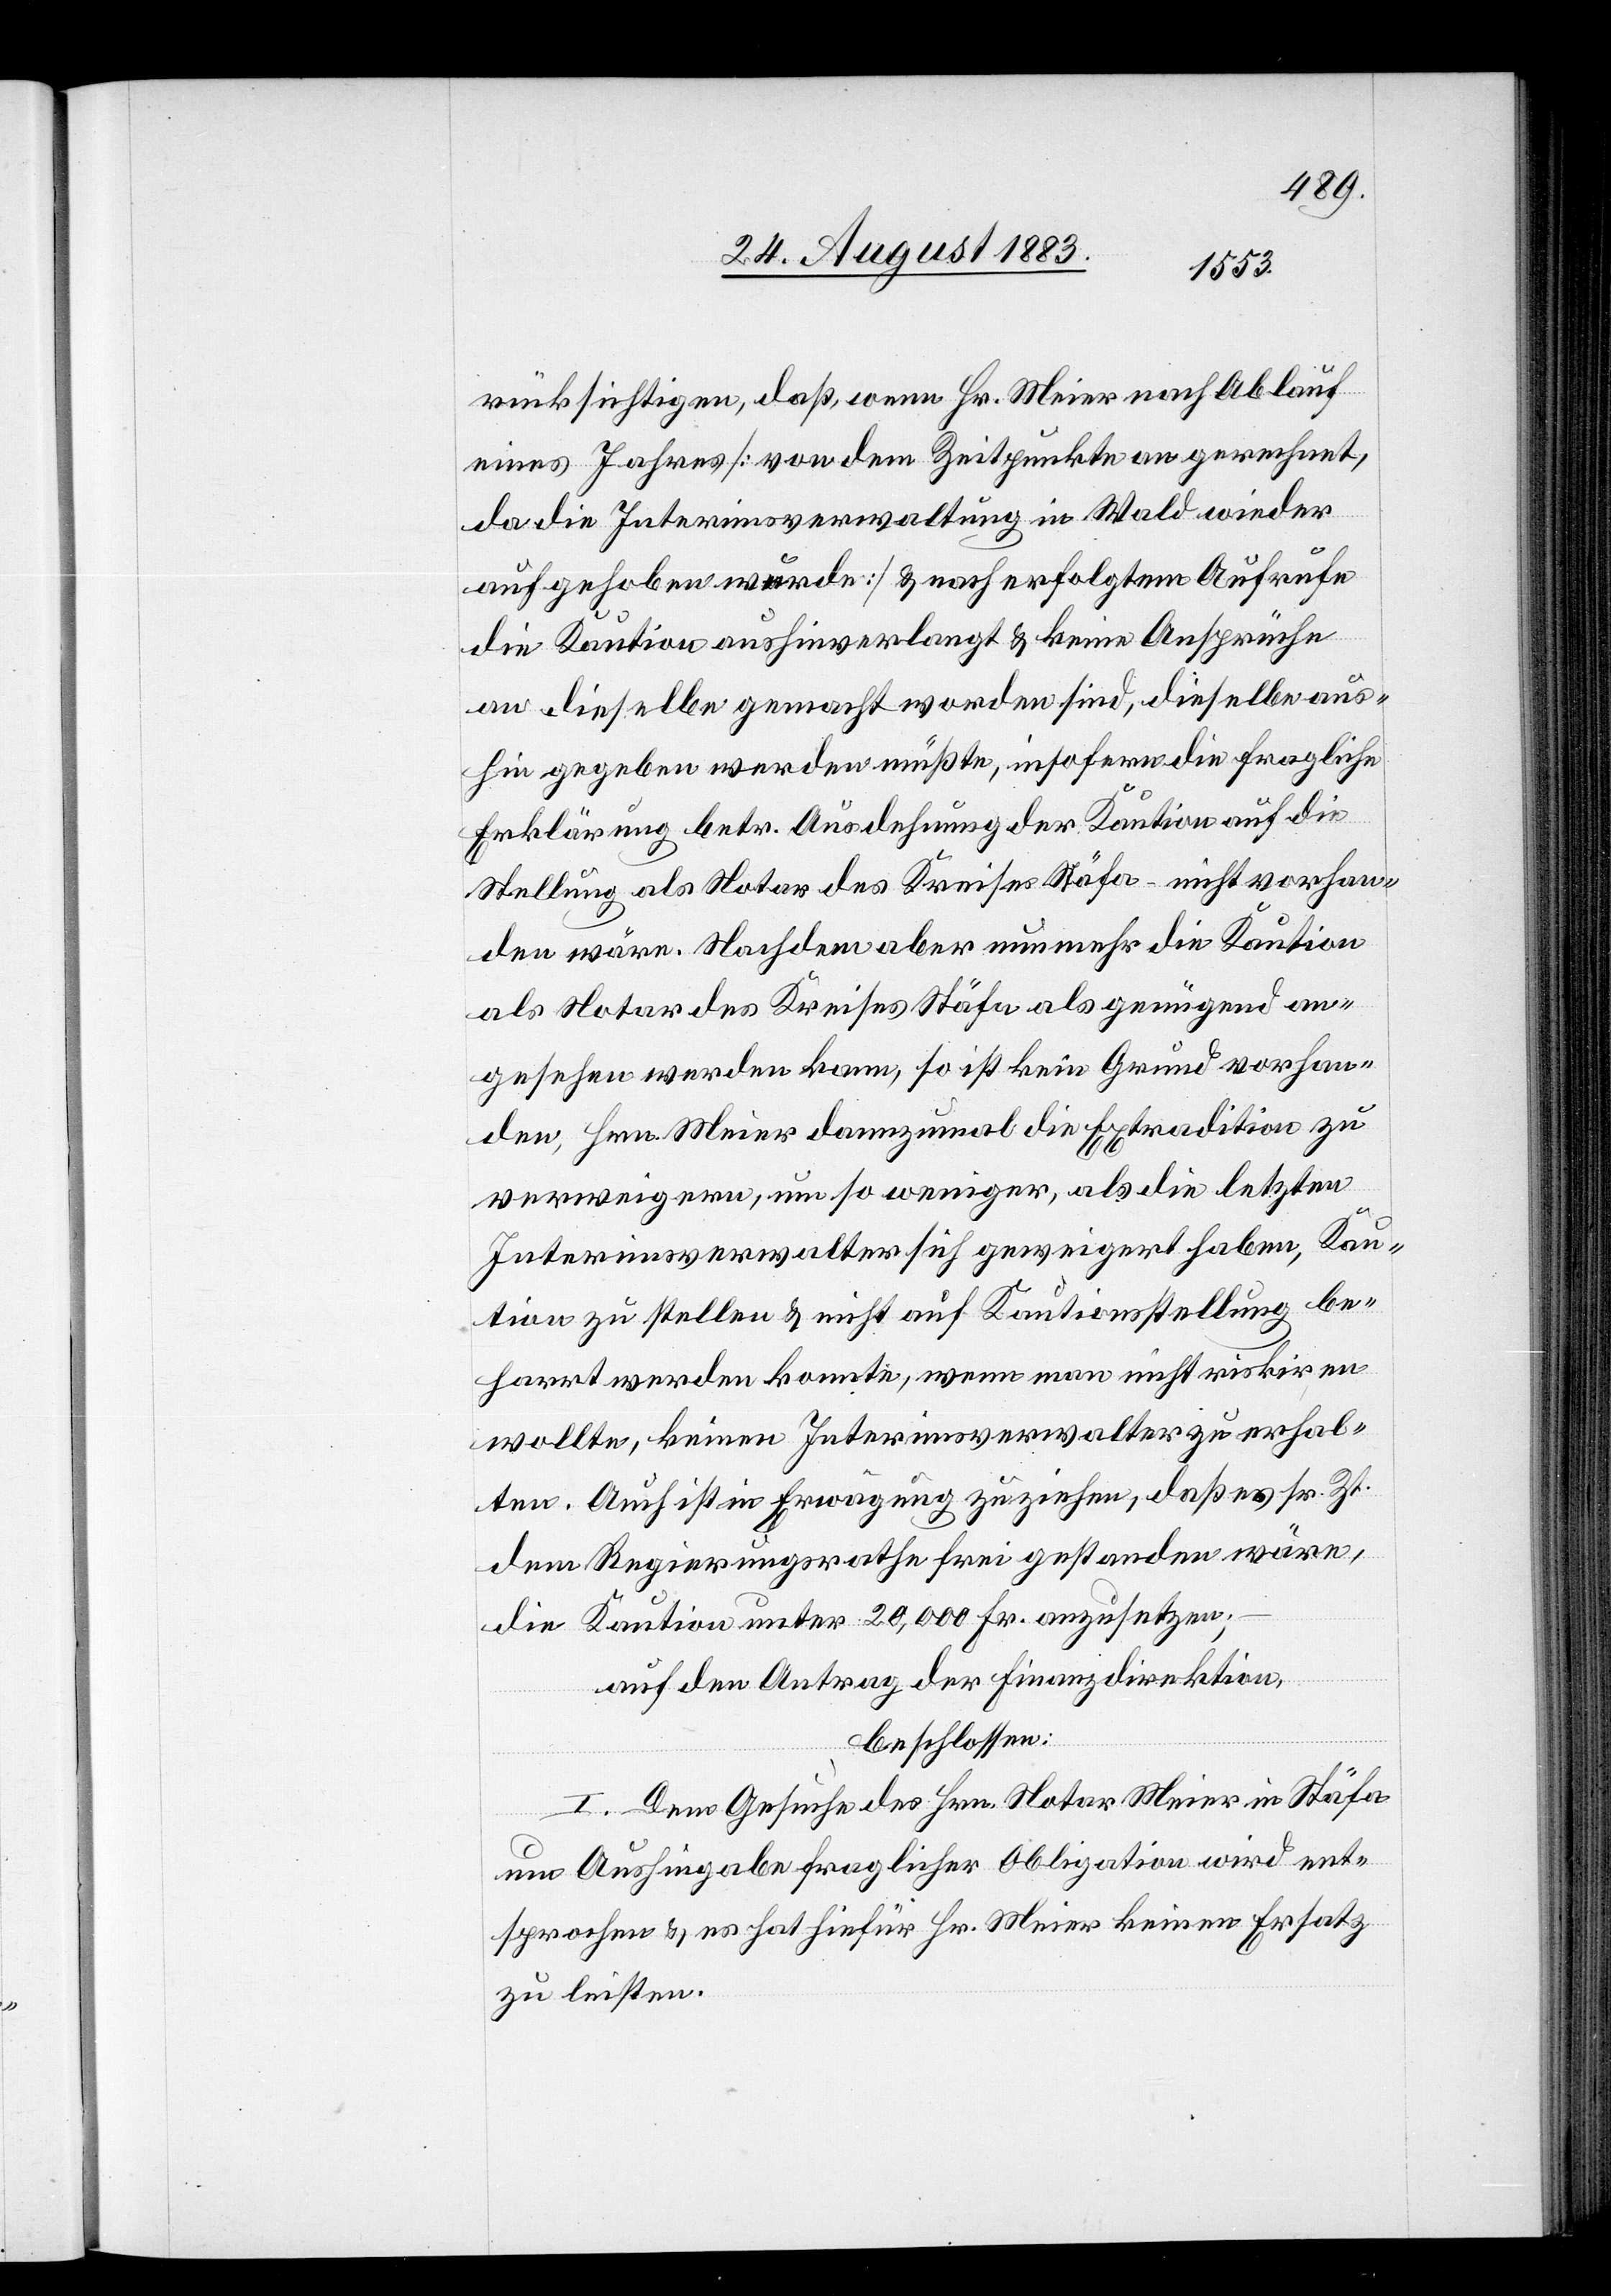
rücksichtigen, daß, wenn Hr. Meier nach Ablauf
eines Jahres [von dem Zeitpunkte an gerechnet,
da die Interimsverwaltung in Wald wieder
aufgehoben werde] & nach erfolgtem Aufrufe
die Kaution aushinverlangt & keine Ansprüche
an dieselbe gemacht worden sind, dieselbe aus¬
hin gegeben werden müßte, insofern die fragliche
Erklärung betr. Ausdehnung der Kaution auf die
Stellung als Notar des Kreises Stäfa – nicht vorhan¬
den wäre. Nachdem aber nunmehr die Kaution
als Notar des Kreises Stäfa als genügend an¬
gesehen werden kann, so ist kein Grund vorhan¬
den, Hrn. Meier dannzumal die Extradition zu
verweigern, um so weniger, als die letzten
Interimsverwalter sich geweigert haben, Kau¬
tion zu stellen & nicht auf Kautionsstellung be¬
harrt werden konnte, wenn man nicht riskiren
wollte, keinen Interimsverwalter zu erhal¬
ten. Auch ist in Erwägung zu ziehen, daß es sr. Zt.
dem Regierungsrathe frei gestanden wäre,
die Kaution unter 20,000 Fr. anzusetzen;
auf den Antrag der Finanzdirektion,
beschlossen:
I. Dem Gesuche des Hrn. Notar Meier in Stäfa
um Aushingabe fraglicher Obligation wird ent¬
sprochen & es hat hiefür Hr. Meier keinen Ersatz
zu leisten.